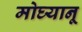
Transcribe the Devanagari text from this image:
मोघ्यानू